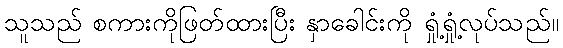
သူသည် စကားကိုဖြတ်ထားပြီး နှာခေါင်းကို ရှုံ့ရှုံ့လုပ်သည်။